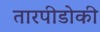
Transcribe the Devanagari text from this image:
तारपीडोकी